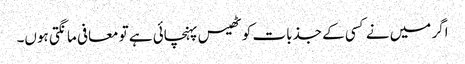
اگر میں نے کسی کے جذبات کو ٹھیس پہنچائی ہے تو معافی مانگتی ہوں۔